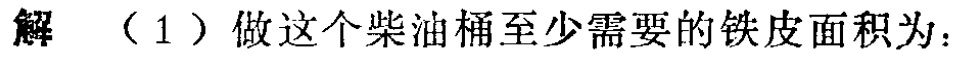
解 （1）做这个柴油桶至少需要的铁皮面积为：